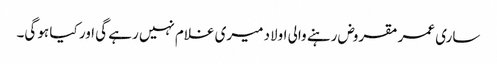
ساری عمر مقروض رہنے والی اولاد میری غلام نہیں رہے گی اور کیا ہو گی۔